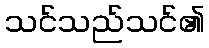
သင်သည်သင်၏